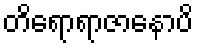
တိရောရာဇာနောပိ